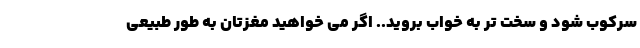
سرکوب شود و سخت تر به خواب بروید.. اگر می خواهید مغزتان به طور طبیعی